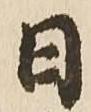
日